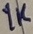
Text: 1K